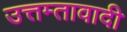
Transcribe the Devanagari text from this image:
उत्तम्तावादी